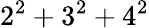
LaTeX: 2^{2}+3^{2}+4^{2}